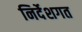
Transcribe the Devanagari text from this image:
निर्देशगत